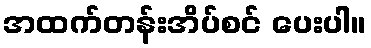
အထက်တန်းအိပ်စင် ပေးပါ။